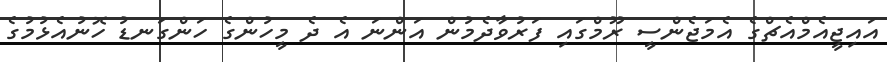
އައިޖީއެމްއެޗްގެ އެމަޖެންސީ ރޫމްގައި ފަރުވާދެމުން އަންނަ އެ ދެ މީހުންގެ ހަންގަނޑު ހޮނުއެޅުމުގެ